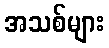
အသစ်များ